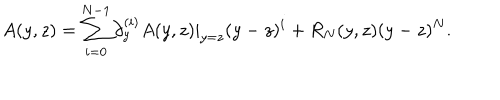
A ( y , z ) = \sum _ { i = 0 } ^ { N - 1 } \partial _ { y } ^ { ( i ) } A ( y , z ) | _ { y = z } ( y - z ) ^ { i } + R _ { N } ( y , z ) ( y - z ) ^ { N } .